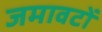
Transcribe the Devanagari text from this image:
जमावटों